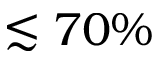
\lesssim 7 0 \%